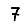
Digit: 7